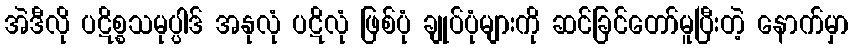
အဲဒီလို ပဋိစ္စသမုပ္ပါဒ် အနုလုံ ပဋိလုံ ဖြစ်ပုံ ချုပ်ပုံများကို ဆင်ခြင်တော်မူပြီးတဲ့ နောက်မှာ